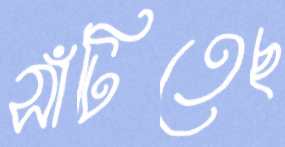
সাঁটিতেছ